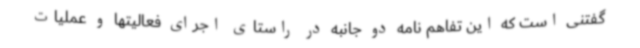
گفتنی است که این تفاهم نامه دو جانبه در راستای اجرای فعالیتها و عملیات